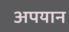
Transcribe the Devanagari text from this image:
अपयान